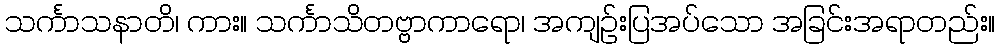
သင်္ကာသနာတိ၊ ကား။ သင်္ကာသိတဗ္ဗာကာရော၊ အကျဉ်းပြအပ်သော အခြင်းအရာတည်း။